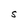
Character: S